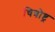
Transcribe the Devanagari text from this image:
चित्रोष्ट्र